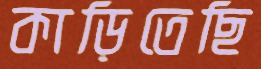
কাড়িতেছি